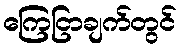
ကြေငြာချက်တွင်